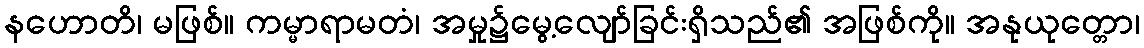
နဟောတိ၊ မဖြစ်။ ကမ္မာရာမတံ၊ အမှု၌မွေ့လျော်ခြင်းရှိသည်၏ အဖြစ်ကို။ အနုယုတ္တော၊